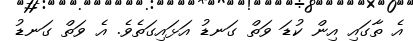
އެ ތާގައި އިން ކުޑަ ވަތް ގަނޑު އަޅައިގަތެވެ. އެ ވަތް ގަނޑު